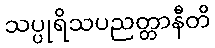
သပ္ပုရိသပညတ္တာနီတိ